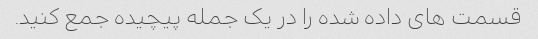
قسمت های داده شده را در یک جمله پیچیده جمع کنید.